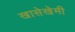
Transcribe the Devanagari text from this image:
खासेखेमी